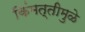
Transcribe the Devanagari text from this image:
किंमत्तीमुळे